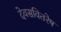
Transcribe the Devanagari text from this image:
देवसवितरेष